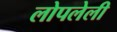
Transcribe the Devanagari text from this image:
लोपलेली